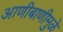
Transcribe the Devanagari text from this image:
आणीबाणीमुळे